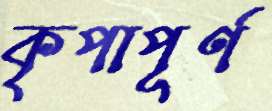
কৃপাপূর্ণ